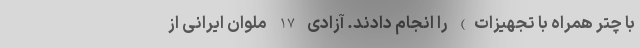
با چتر همراه با تجهیزات) را انجام دادند. آزادی 17 ملوان ایرانی از